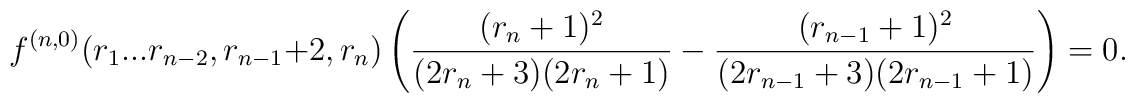
f^{(n,0)}(r_1...r_{n-2},r_{n-1}+2,r_n)\left(\frac{(r_n+1)^2}{(2r_n+3)(2r_n+1)}-\frac{(r_{n-1}+1)^2}{(2r_{n-1}+3)(2r_{n-1}+1)}\right)=0.